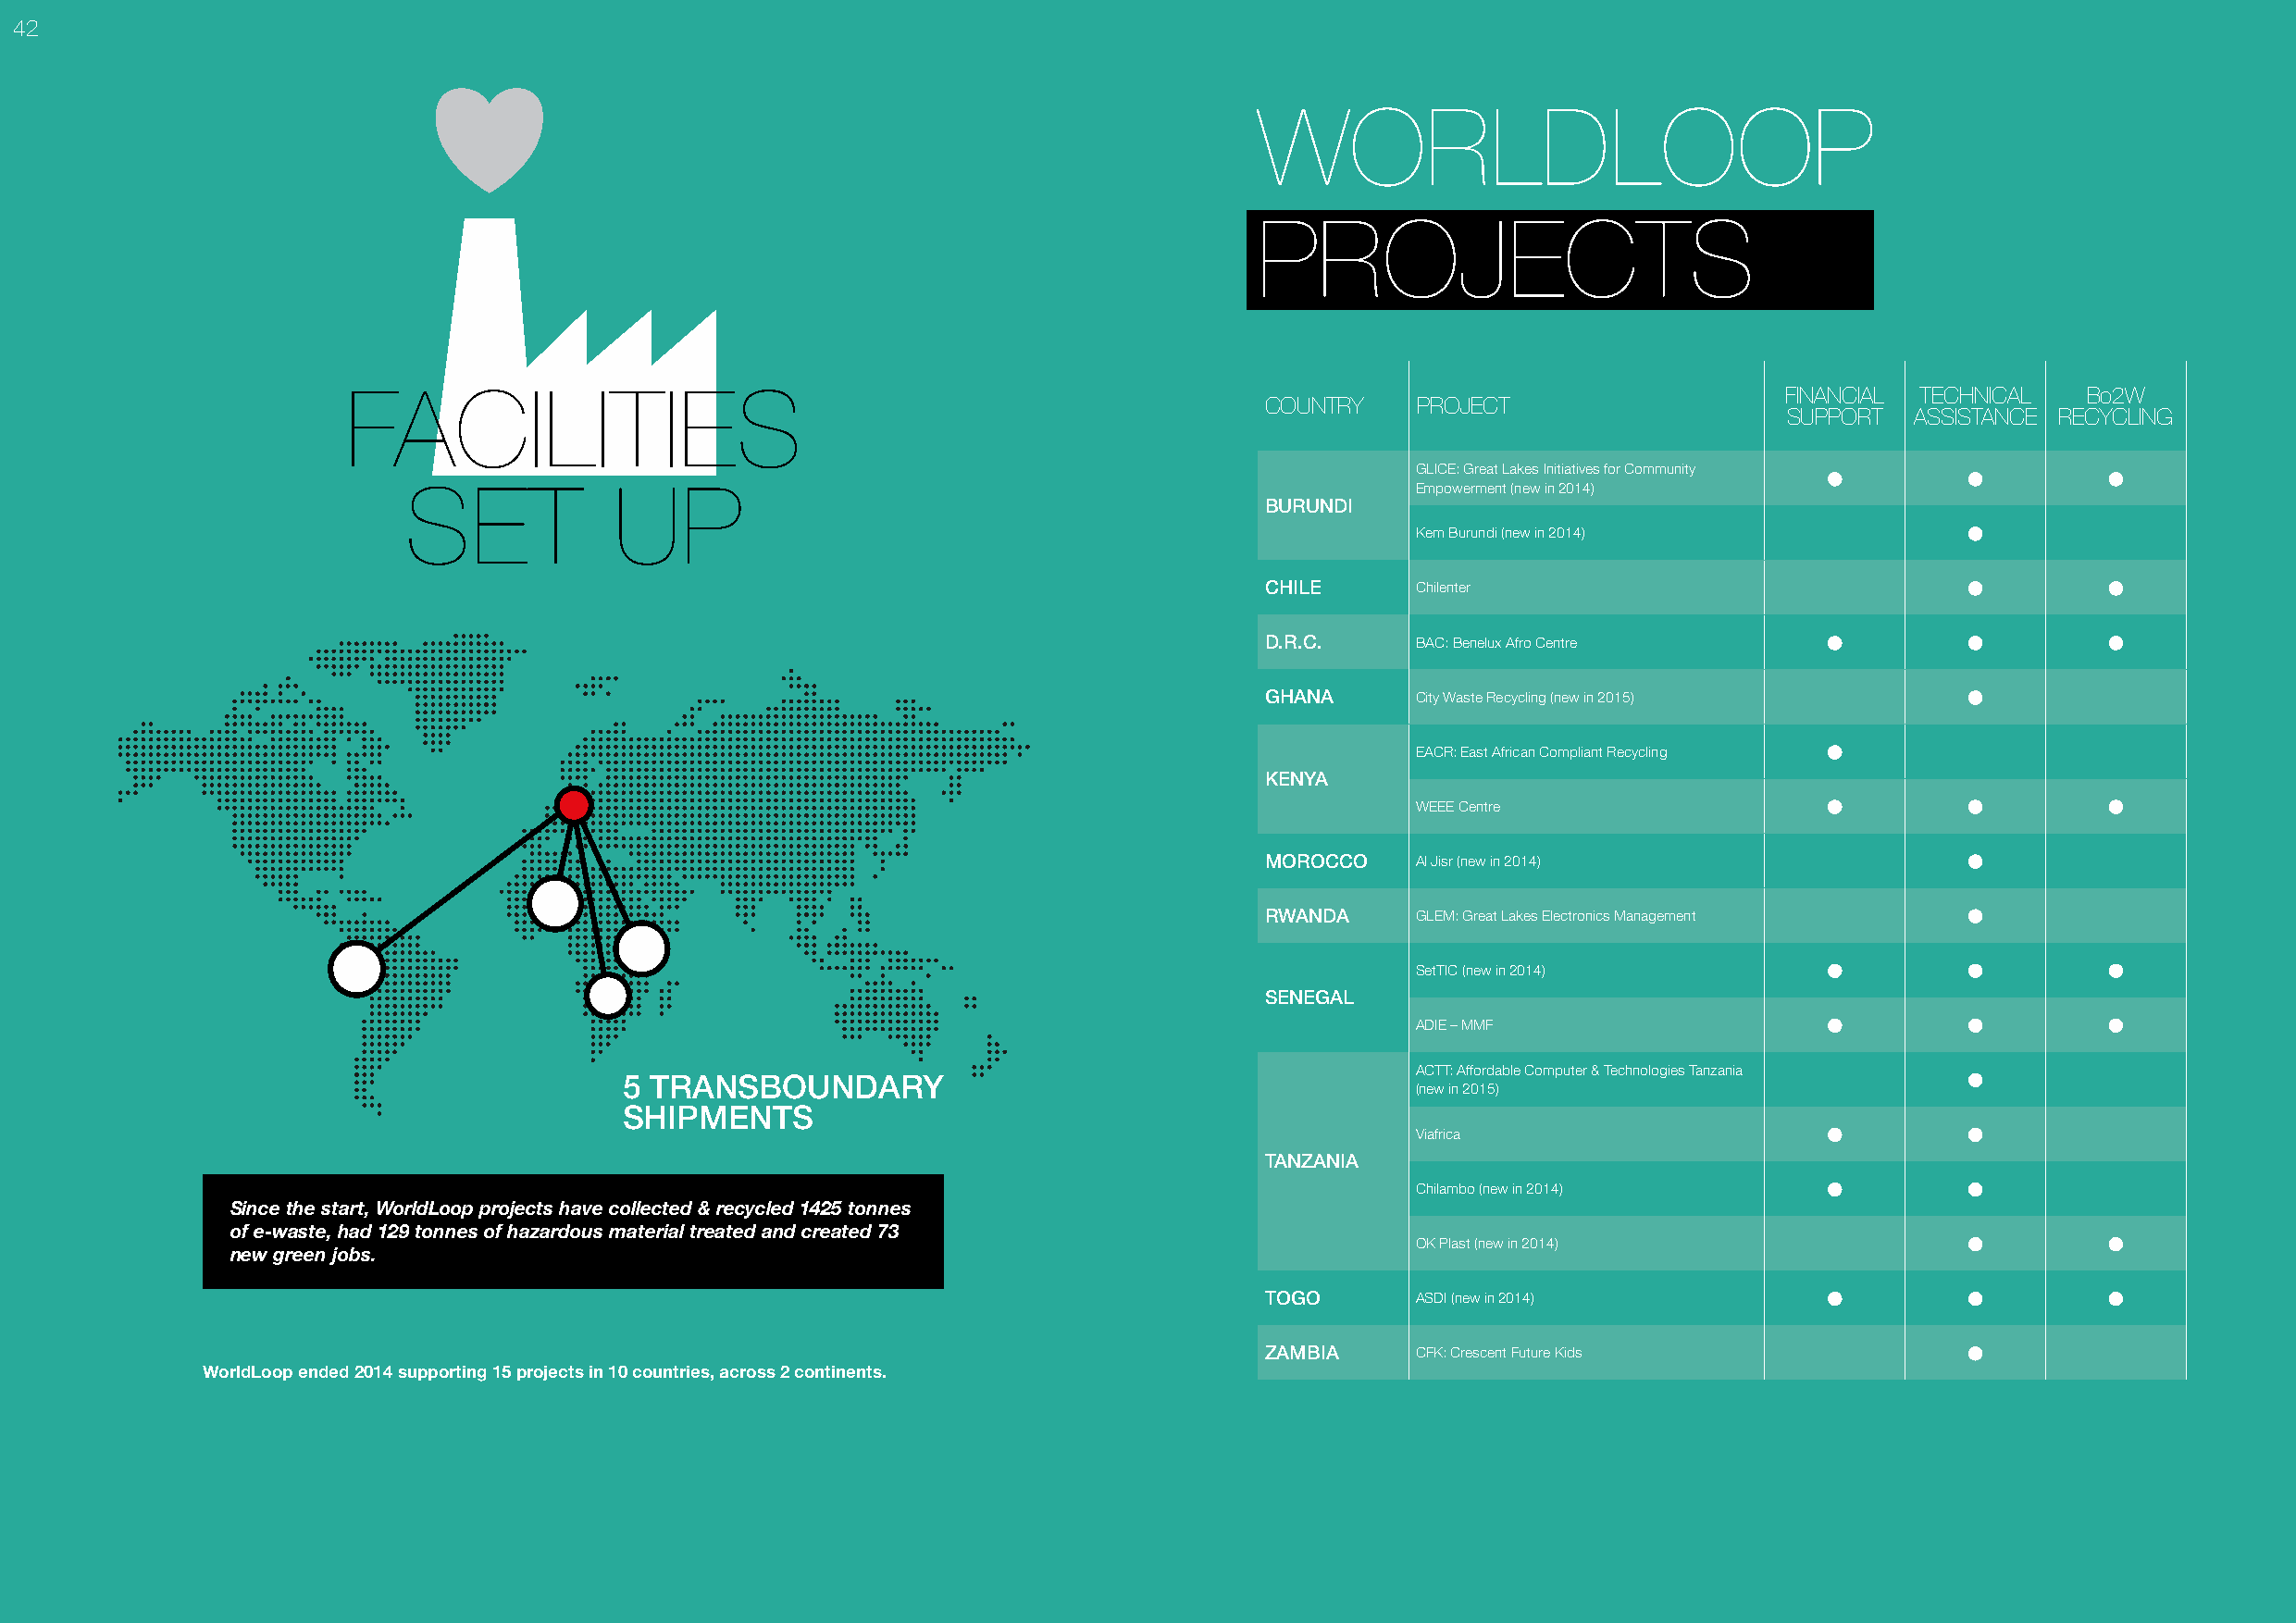
42
 WORLDLOOP
 PROJECTS
 FACILITIES                                                                                             FINANCIAL TECHNICAL  Bo2W
 COUNTRY    PROJECT
 SUPPORT  ASSISTANCE RECYCLING
 GLICE: Great Lakes Initiatives for Community
 SET            UP                                                       Empowerment (new in 2014)
 BURUNDI
 Kem Burundi (new in 2014)
 CHILE      Chilenter
 D.R.C.     BAC: Benelux Afro Centre
 GHANA      City Waste Recycling (new in 2015)
 EACR: East African Compliant Recycling
 KENYA
 WEEE Centre
 MOROCCO    Al Jisr (new in 2014)
 RWANDA     GLEM: Great Lakes Electronics Management
 SetTIC (new in 2014)
 SENEGAL
 ADIE – MMF
 ACTT: Affordable Computer & Technologies Tanzania
 5 TRANSBOUNDARY
 (new in 2015)
 SHIPMENTS
 Viafrica
 TANZANIA
 Chilambo (new in 2014)
 Since the start, WorldLoop projects have collected & recycled 1425 tonnes
 of e-waste, had 129 tonnes of hazardous material treated and created 73
 OK Plast (new in 2014)
 new green jobs.
 TOGO       ASDI (new in 2014)
 ZAMBIA     CFK: Crescent Future Kids
 WorldLoop ended 2014 supporting 15 projects in 10 countries, across 2 continents.